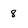
Character: 8